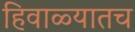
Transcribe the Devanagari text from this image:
हिवाळ्यातच